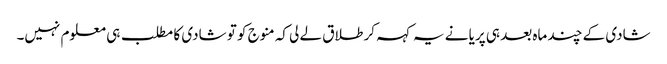
شادی کے چند ماہ بعد ہی پریا نے یہ کہہ کر طلاق لے لی کہ منوج کو تو شادی کا مطلب ہی معلوم نہیں۔